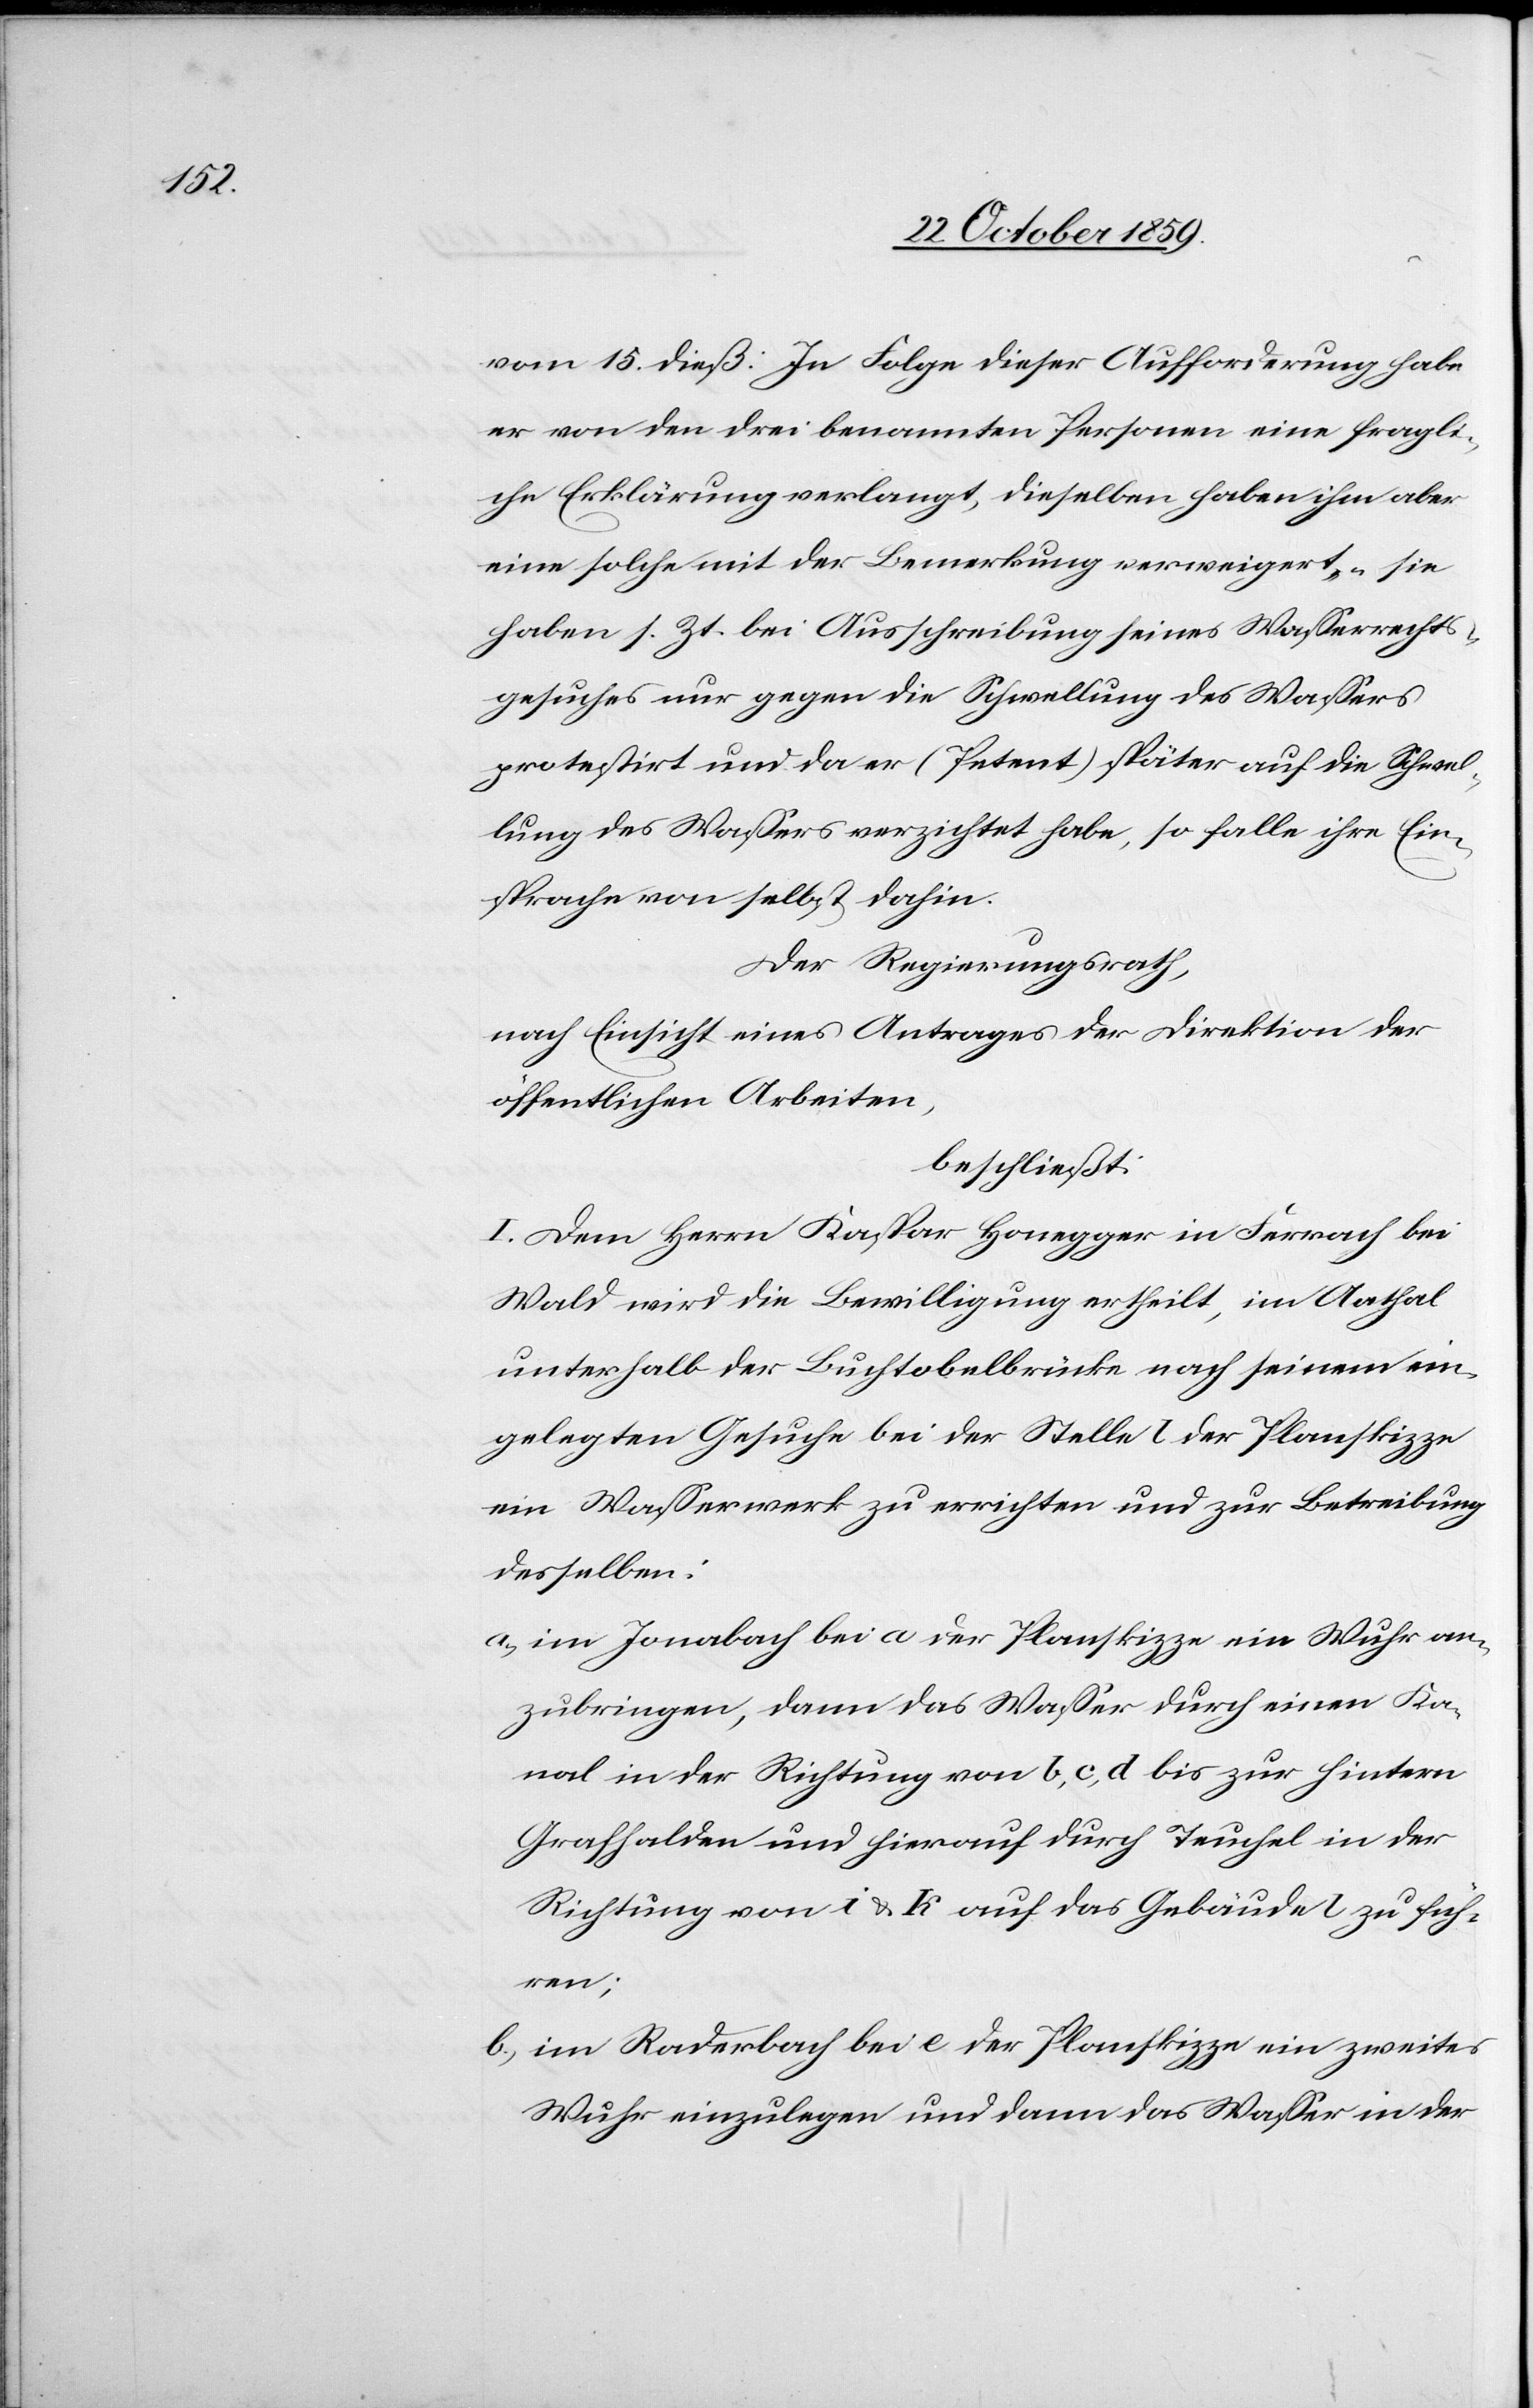
vom 15. dieß: In Folge dieser Aufforderung habe
er von den drei benannten Personen eine fragli¬
che Erklärung verlangt, dieselben haben ihm aber
eine solche mit der Bemerkung verweigert, „sie
haben s. Zt. bei Ausschreibung seines Wasserrechts¬
gesuches nur gegen die Schwellung des Wassers
protestiert und da er (Petent) später auf die Schwel¬
lung des Wassers verzichtet habe, so falle ihre Ein¬
sprache von selbst dahin.
Der Regierungsrath,
nach Einsicht eines Antrages der Direktion der
öffentlichen Arbeiten,
beschließt:
I. Dem Herrn Kaspar Honegger in Ferrach bei
Wald wird die Bewilligung ertheilt, im Aathal
unterhalb der Buchtobelbrücke nach seinem ein¬
gelegten Gesuche bei der Stelle l der Planskizze
ein Wasserwerk zu errichten und zur Betreibung
desselben:
a) im Jonabach bei a der Planskizze ein Wehr an¬
zubringen, dann das Wasser durch einen Ka¬
nal in der Richtung von b, c, d bis zur hintern
Grashalde und hierauf durch Teuchel in der
Richtung von i & k auf das Gebäude l zu füh¬
ren;
b) im Raderbach bei e der Planskizze ein zweites
Wehr einzulegen und dann das Wasser in der